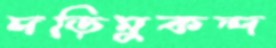
দড়িমুকন্দ